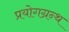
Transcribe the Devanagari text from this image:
प्रयोगग्रन्थ